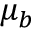
\mu _ { b }